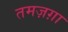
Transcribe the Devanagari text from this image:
तमज़ग़ा